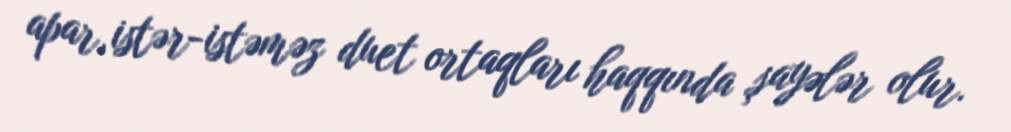
apar, istər-istəməz duet ortaqları haqqında şayələr olur.